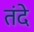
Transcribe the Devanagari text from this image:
तंदे